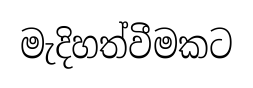
මැදිහත්වීමකට